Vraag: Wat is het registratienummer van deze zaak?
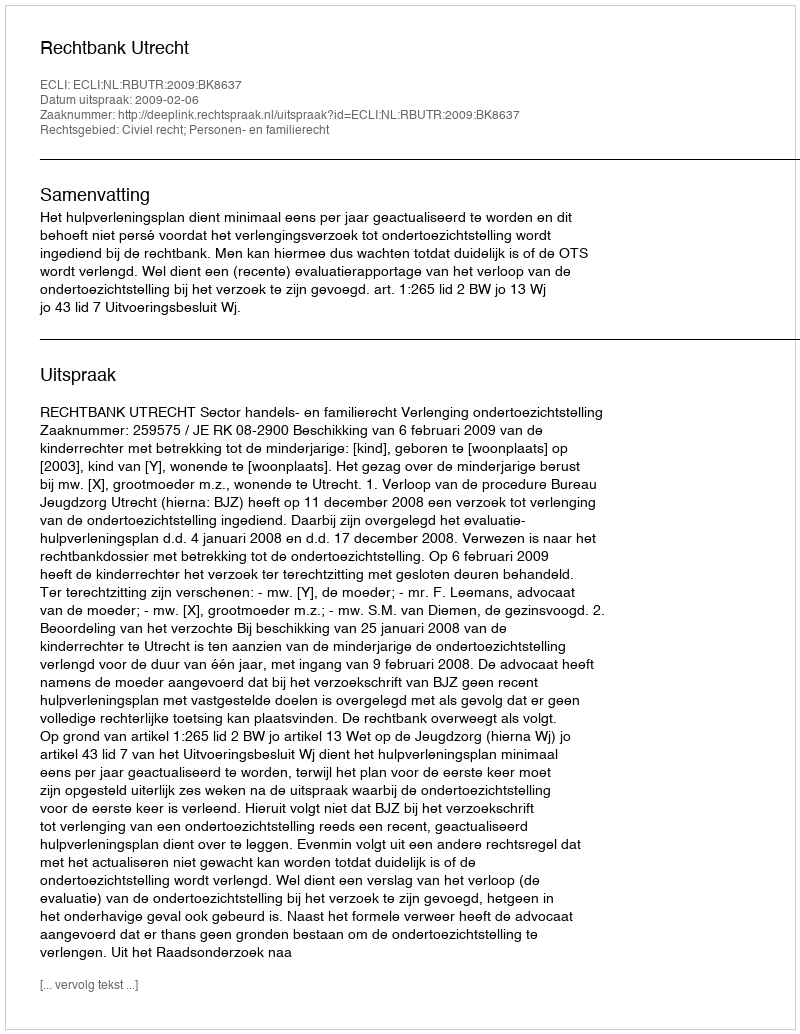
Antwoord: http://deeplink.rechtspraak.nl/uitspraak?id=ECLI:NL:RBUTR:2009:BK8637